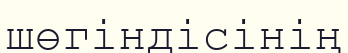
шөгіндісінің